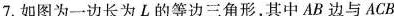
7.如图为一边长为L的等边三角形，其中AB边与ACB